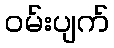
ဝမ်းပျက်